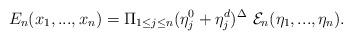
LaTeX: \begin{align*}{E}_n(x_1,...,x_n) = \Pi_{1 \leq j \leq n} (\eta_j^0 +\eta_j^{d})^{\Delta}\ {\cal E}_n (\eta_1,...,\eta_n) .\end{align*}